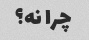
چرا نه؟